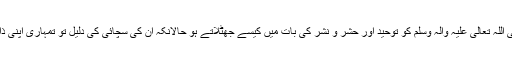
تم میرے حبیب صَلَّی اللہ تَعَالٰی عَلَیْہِ وَاٰلِہٖ وَسَلَّمَ کو توحید اور حشر و نشر کی بات میں کیسے جھٹلاتے ہو حالانکہ ان کی سچائی کی دلیل تو تمہاری اپنی ذات میں موجود ہے ۔